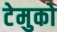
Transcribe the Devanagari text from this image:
टेमुको